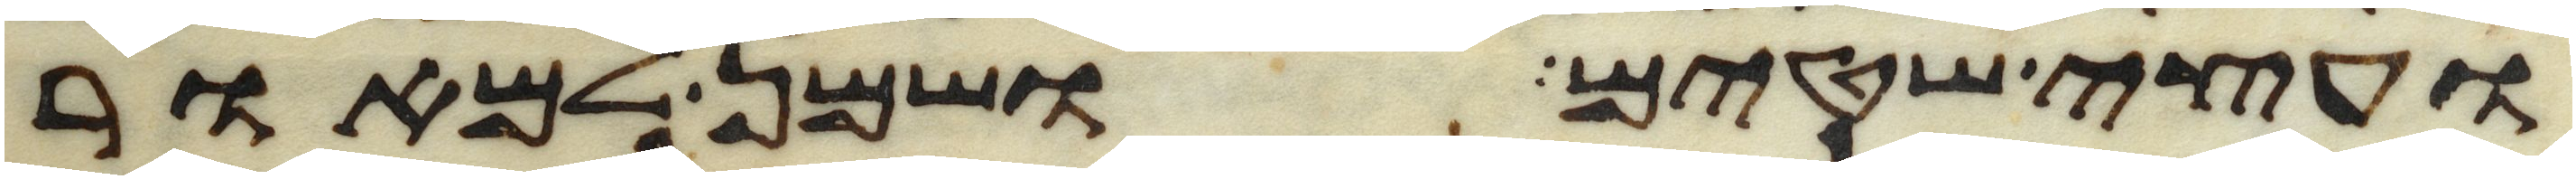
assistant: ועצי שטים ושמן למאור